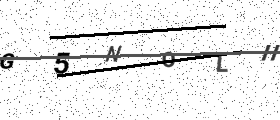
Text: G5NOLH